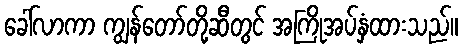
ခေါ်လာကာ ကျွန်တော်တို့ဆီတွင် အကြိုအပ်နှံထားသည်။